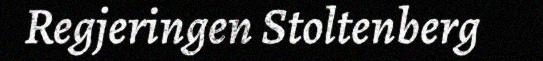
Regjeringen Stoltenberg